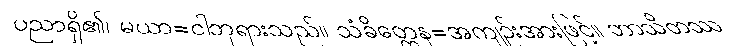
ပညာရှိ၏၊ မယာ=ငါဘုရားသည်။ သံခိတ္တေန=အကျဉ်းအားဖြင့်။ ဘာသိတဿ